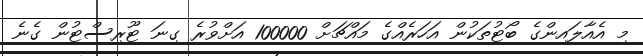
މި އެއާލައިންގެ ބޯޓުތަކުން އަހަރެއްގެ މައްޗަށް 100000 އަށްވުރެ ގިނަ ޓޫރިސްޓުން ގެނެ